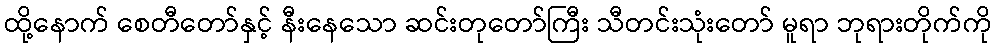
ထို့နောက် စေတီတော်နှင့် နီးနေသော ဆင်းတုတော်ကြီး သီတင်းသုံးတော် မူရာ ဘုရားတိုက်ကို